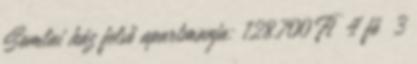
Somlai ház felső apartmanja: 128.700 Ft 4 fő 3